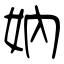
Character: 妠